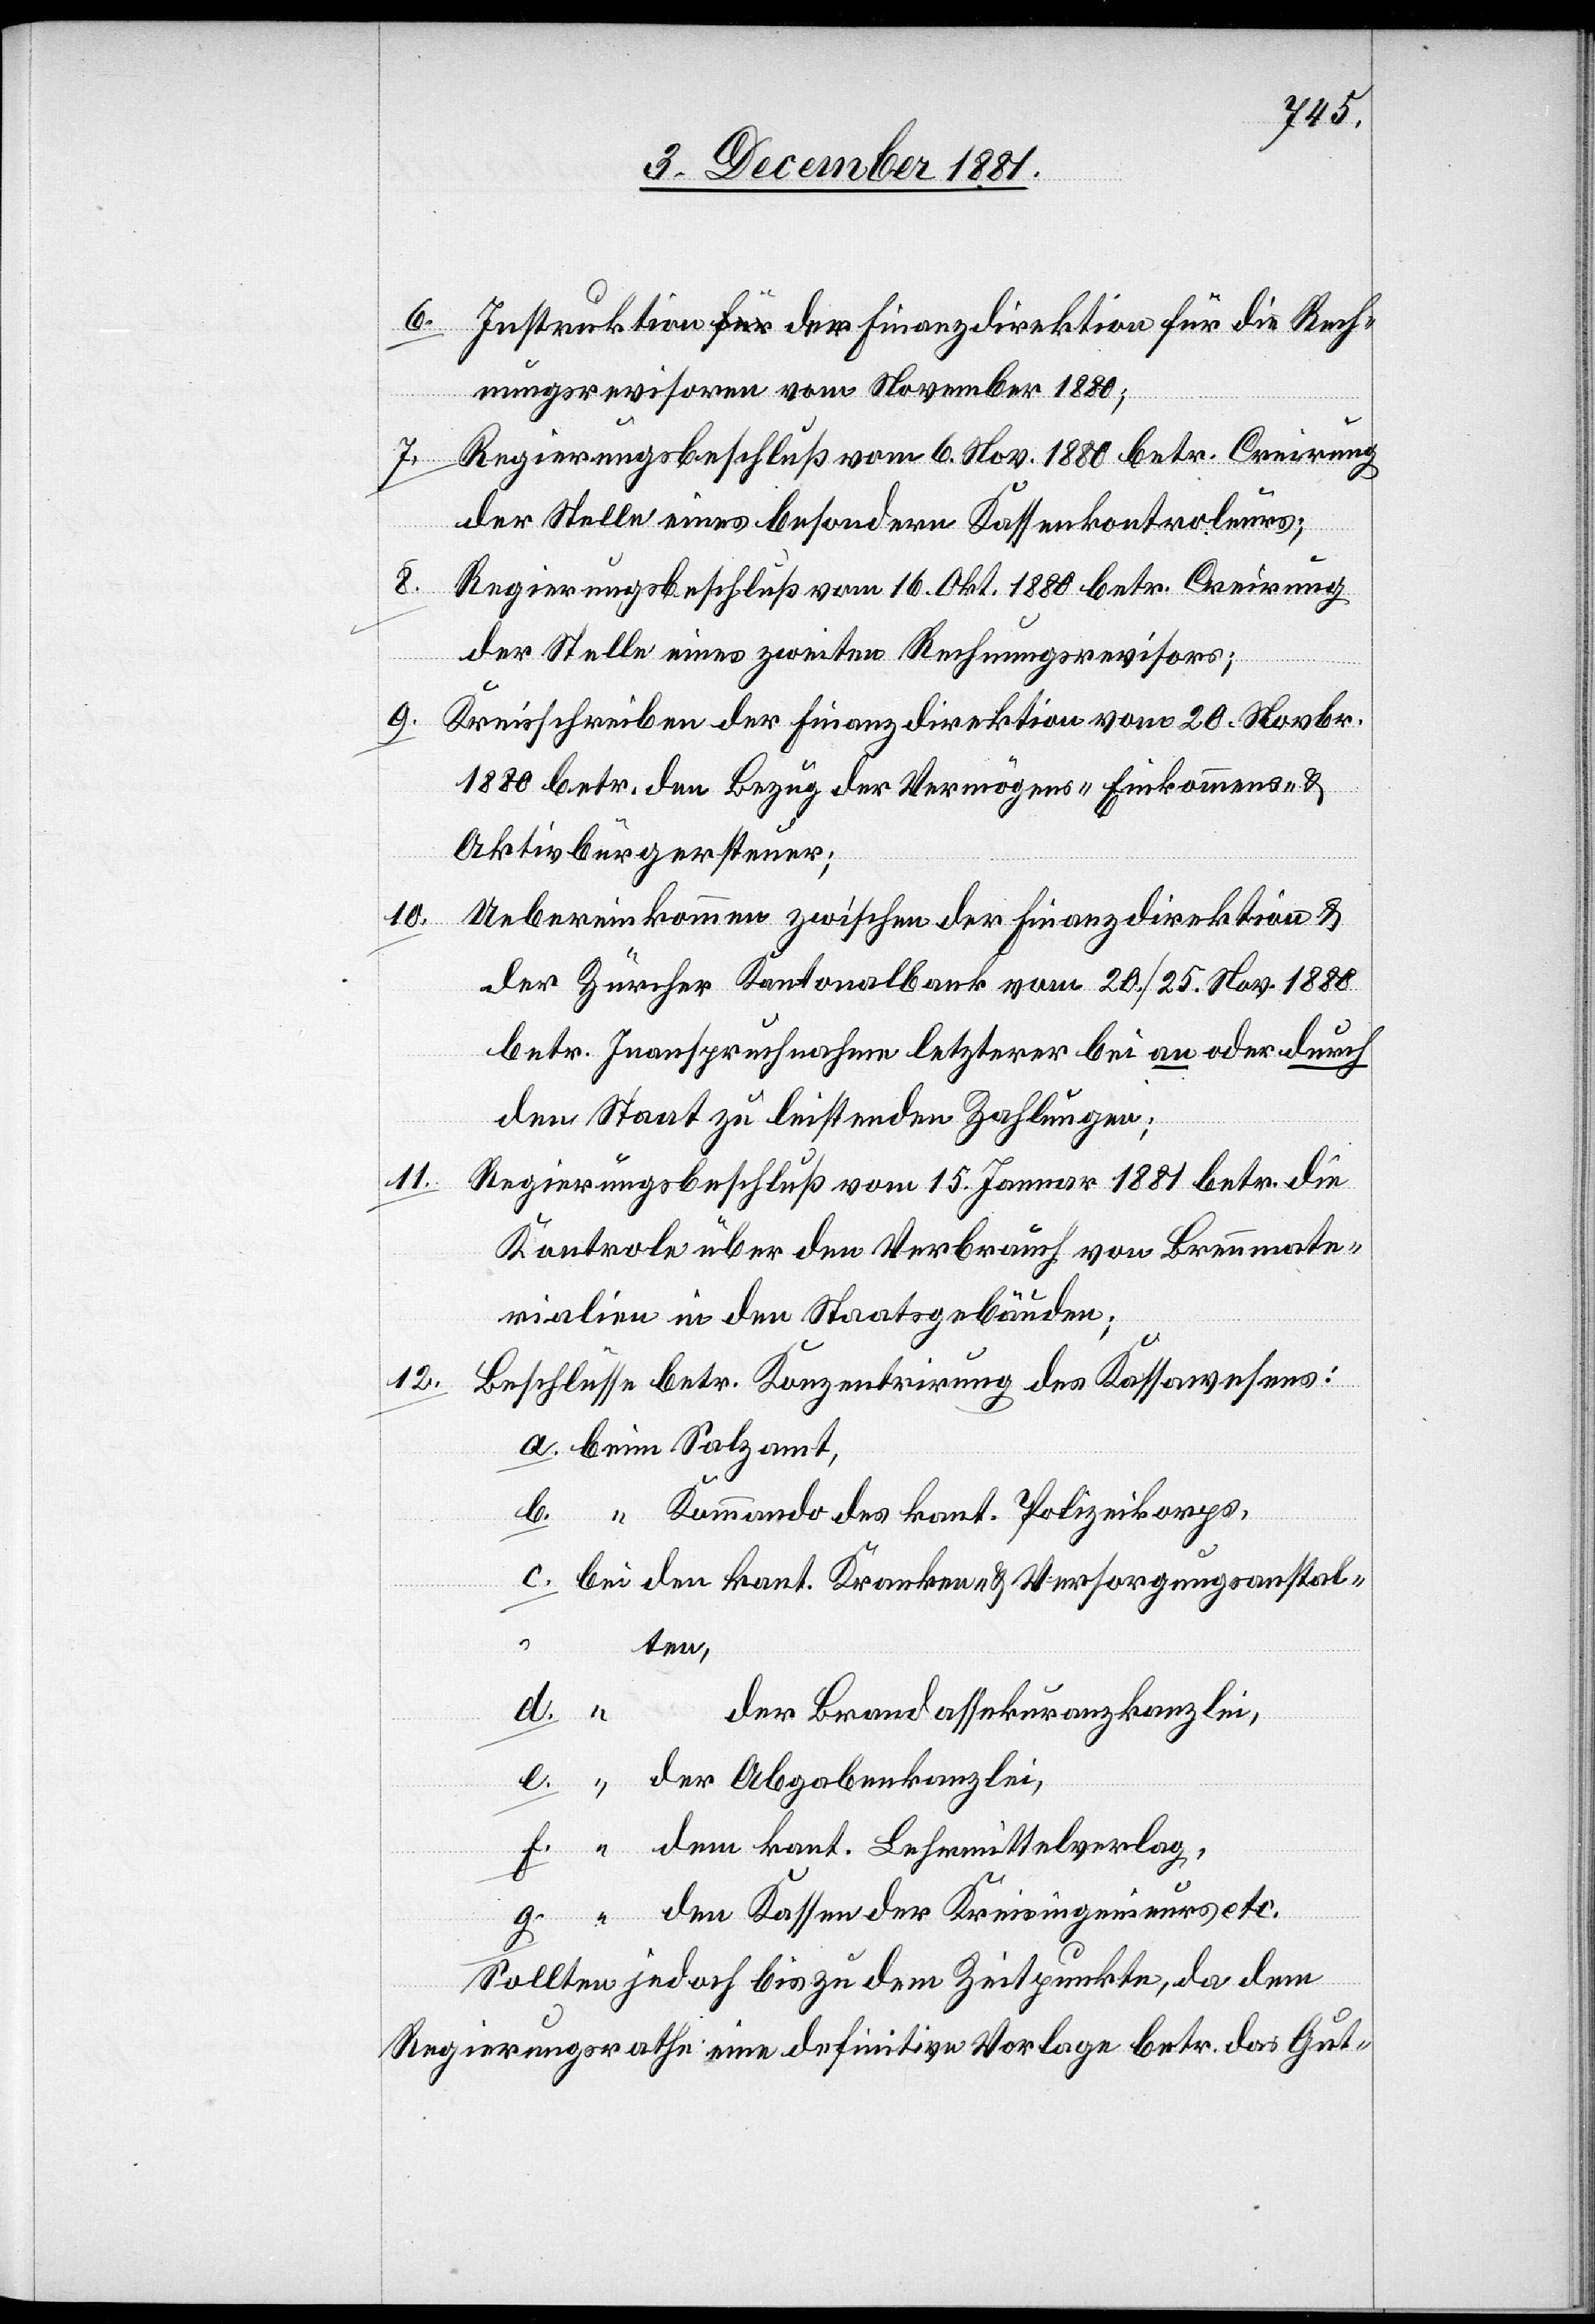
Instruktion der Finanzdirektion für die Rech¬
6.
nungsrevisoren vom November 1880;
7. Regierungsbeschluß vom 6. Nov. 1880 betr. Creirung
der Stelle eines besondern Kassenkontroleurs;
8.
Regierungsbeschluß vom 16. Okt. 1880 betr. Creirung
der Stelle eines zweiten Rechnungsrevisors;
9.
Kreisschreiben der Finanzdirektion vom 20. Novbr.
1880 betr. den Bezug der Vermögens-[,] Einkommens- &
Aktivbürgersteuer;
10.
Uebereinkommen zwischen der Finanzdirektion &
der Zürcher Kantonalbank vom 20./25. Nov. 1880
betr. Inanspruchnahme letzterer bei an oder durch
den Staat zu leistenden Zahlungen;
11.
Regierungsbeschluß vom 15. Januar 1881 betr. die
Kontrole über den Verbrauch von Brennmate¬
rialien in den Staatsgebäuden;
12.
Beschlüsse betr. Konzentrirung des Kassawesens:
a. beim Salzamt,
b. “ Kommando des kant. Polizeikorps,
c. bei den kant. Kranken- & Versorgungsanstal¬
ten,
d. “
der Brandassekuranzkanzlei,
e. “ der Abgabenkanzlei,
f. “ dem kant. Lehrmittelverlag,
g. “ den Kassen der Kreisingenieurs etc.
Sollten jedoch bis zu dem Zeitpunkte, da dem
Regierungsrathe eine definitive Vorlage betr. das Gut-